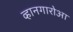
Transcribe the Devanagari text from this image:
व्हानगारोआ